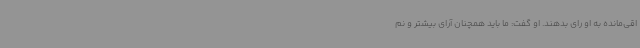
اقی‌مانده به او رای بدهند. او گفت: ما باید همچنان آرای بیشتر و نم